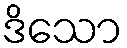
ဒိသော